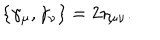
\{ \gamma _ { \mu } , \gamma _ { \nu } \} = 2 \eta _ { \mu \nu } .